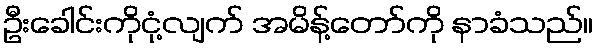
ဦးခေါင်းကိုငုံ့လျက် အမိန့်တော်ကို နာခံသည်။